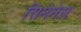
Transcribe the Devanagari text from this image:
सिमेनेस